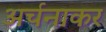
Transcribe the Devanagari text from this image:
अर्चनाकर